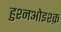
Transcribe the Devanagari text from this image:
हुश्नओइश्क़